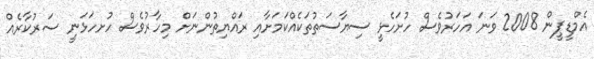
އެމްޑީޕީން 2008 ވަނަ އަހަރުވެސް ހުށަހެޅީ ސިޔާސަތުތަކެއްކަމަށާއި ރައްޔިތުންނަށް މިހާރުވެސް ހުށހަޅަނީ ސަރުކާރެއް